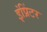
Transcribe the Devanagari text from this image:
इंप्रिंटर